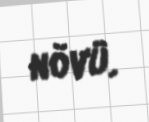
növü.